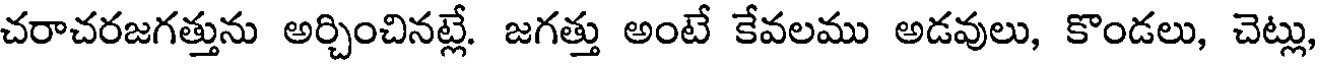
చరాచరజగత్తును అర్చించినట్లే. జగత్తు అంటే కేవలము అడవులు, కొండలు, చెట్లు